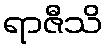
ရာဇီသိ